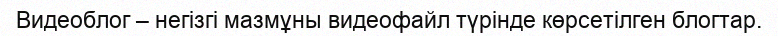
Видеоблог – негізгі мазмұны видеофайл түрінде көрсетілген блогтар.